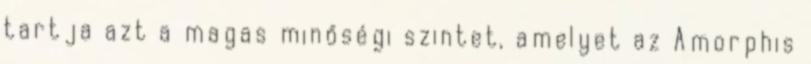
tartja azt a magas minőségi szintet, amelyet az Amorphis